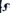
Text: S